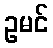
ဥမင်